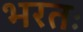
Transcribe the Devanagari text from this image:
भरतः